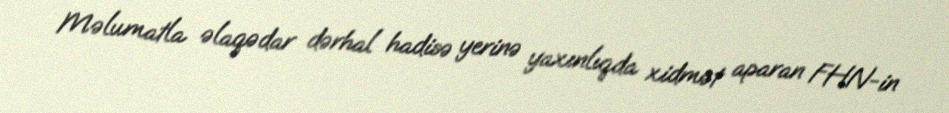
Məlumatla əlaqədar dərhal hadisə yerinə yaxınlıqda xidmət aparan FHN-in